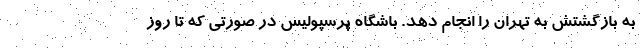
به بازگشتش به تهران را انجام دهد. باشگاه پرسپولیس در صورتی که تا روز